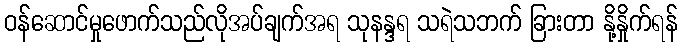
ဝန်ဆောင်မှုဖောက်သည်လိုအပ်ချက်အရ သုနန္ဒရ သရဲသဘက် ခြားတာ နို့နှိုက်ရန်